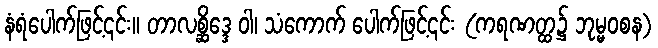
နံရံပေါက်ဖြင့်၎င်း။ တာလစ္ဆိဒ္ဒေ ဝါ၊ သံကောက် ပေါက်ဖြင့်၎င်း (ကရဏတ္ထ၌ ဘုမ္မဝစန)